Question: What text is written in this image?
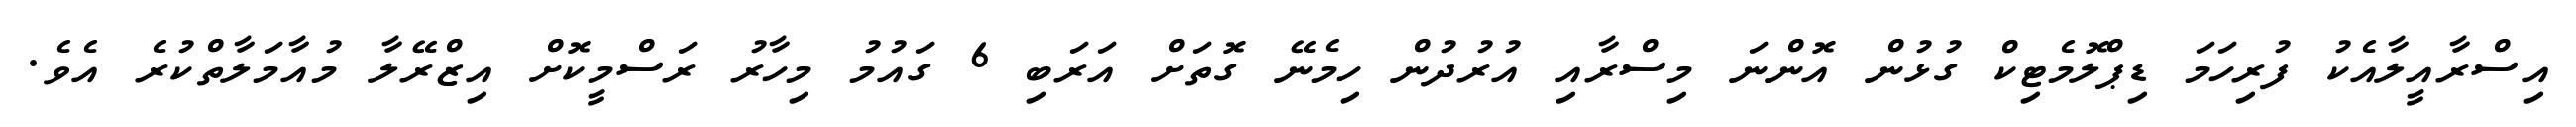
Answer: އިސްރާއީލާއެކު ފުރިހަމަ ޑިޕްލޮމެޓިކް ގުޅުން އޮންނަ މިސްރާއި އުރުދުން ހިމެނޭ ގޮތަށް އަރަބި 6 ގައުމު މިހާރު ރަސްމީކޮށް އިޒްރޭލާ މުއާމަލާތްކުރެ އެވެ.